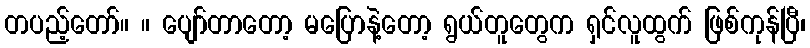
တပည့်တော်။ ။ ပျော်တာတော့ မပြောနဲ့တော့ ရွယ်တူတွေက ရှင်လူထွက် ဖြစ်ကုန်ပြီ၊